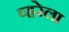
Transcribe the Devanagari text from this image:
व्हरेला